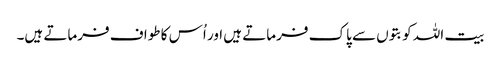
بیت اللہ کو بتوں سے پاک فرماتے ہیں اور اُس کا طواف فرماتے ہیں۔